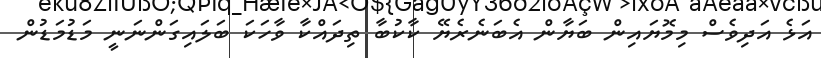
އަޅެ އަދިވެސް މިމޮޔައިން ބަޔާން އެބަނެރެޔޭ ކާކުބާ ތިދައްކާ ވާހަކަ ބަލައިގަންނަނީ މަޑުމަޑުން